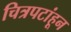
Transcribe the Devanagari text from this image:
चित्रपटांहून